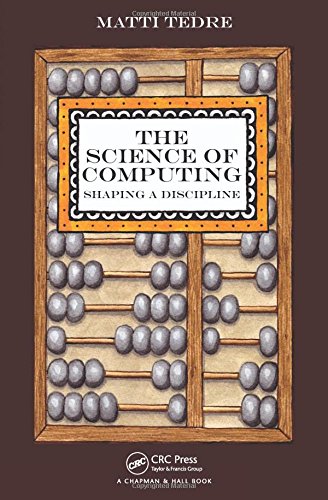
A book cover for The Science of Computing: Shaping a Discipline; Matti Tedre; Computers & Technology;